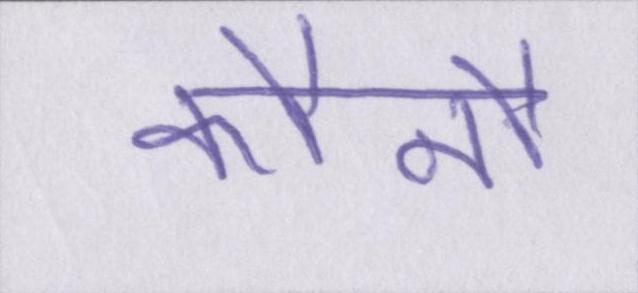
कौनौ